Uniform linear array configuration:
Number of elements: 48
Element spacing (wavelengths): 0.5
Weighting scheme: hamming
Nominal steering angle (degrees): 0
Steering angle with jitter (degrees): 0.9621
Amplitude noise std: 0.05
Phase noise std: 0.05

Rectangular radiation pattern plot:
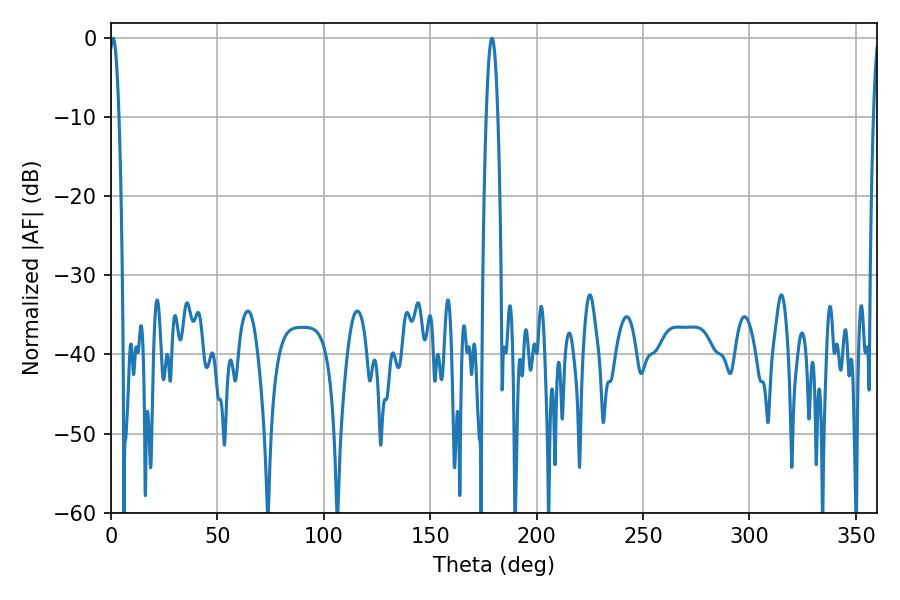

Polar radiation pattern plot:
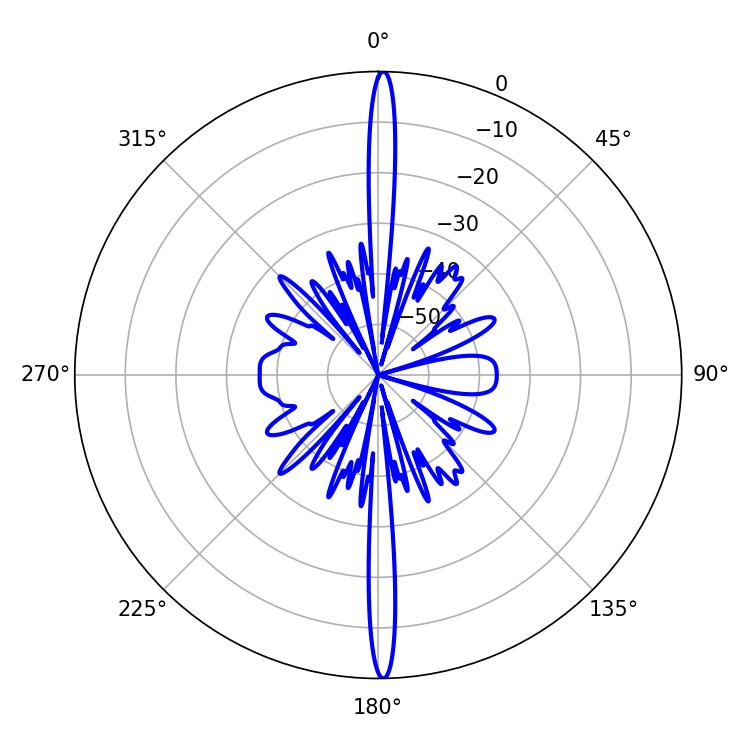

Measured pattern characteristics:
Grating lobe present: FALSE
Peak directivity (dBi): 30.1
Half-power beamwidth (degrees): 2.52
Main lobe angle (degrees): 0.9